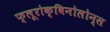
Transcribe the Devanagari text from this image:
फ्लूरोक्विनोलोन्स